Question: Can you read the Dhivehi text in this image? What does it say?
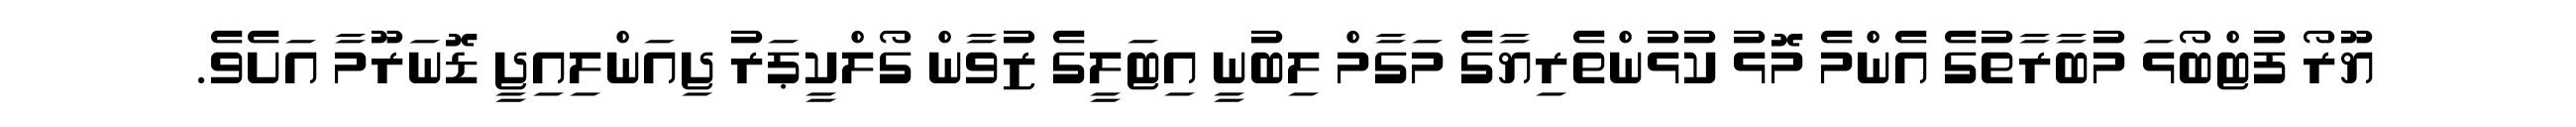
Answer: ޔޫރޯ ފުޓްބޯޅަ މުބާރާތުގެ އެންމެ މޮޅު ކުޅުންތެރިޔާގެ މަގާމް ލިބުނީ އިޓަލީގެ ޒުވާން ގޯލްކީޕަރު ޖިއަންލިއިޖީ ޑޮނަރޫމާ އަށެވެ.